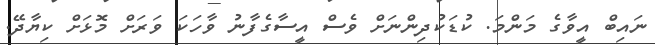
ނައިބް އީވާގެ މަންމަ. ކުޑަކުދިންނަށް ވެސް އީސާގެފާނު ވާހަކަ ވަރަށް މޮޅަށް ކިޔާދޭ.